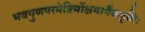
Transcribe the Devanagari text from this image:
भवगुणपरमेष्टिर्मोक्षमार्गैकदृष्टिः